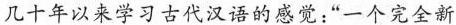
几十年以来学习古代汉语的感觉:“一个完全新